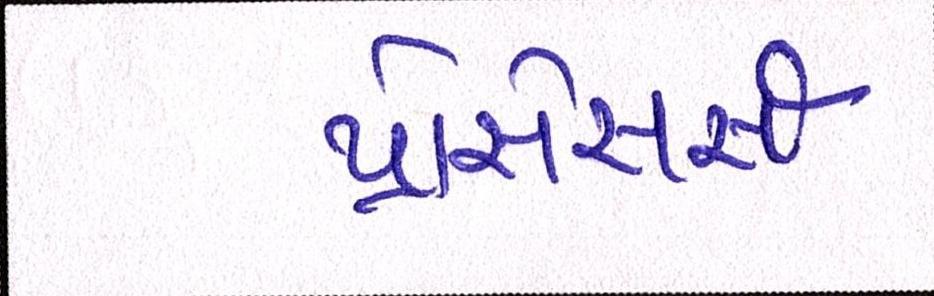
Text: પ્રોસેસર્સ